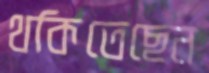
থকিতেছেন